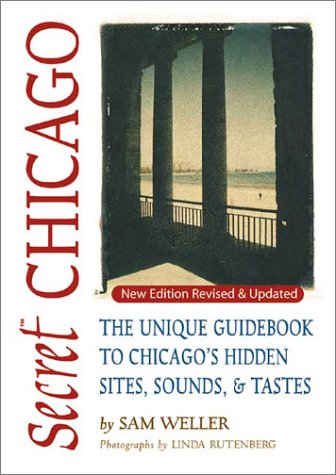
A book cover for Secret Chicago: The Unique Guidebook to Chicago's Hidden Sites, Sounds, & Tastes (Secret Guides); Sam Weller; Travel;